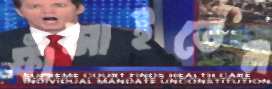
ফাঁসাইতেন